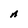
Character: A